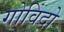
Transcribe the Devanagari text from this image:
गोविंदो